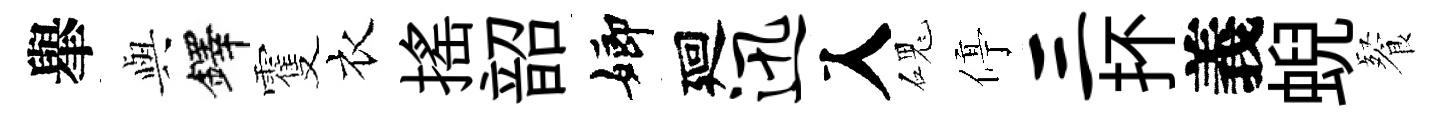
𦦙𫤰鐸䨥衣搖韶嫏廻迅入磈停三抔義蜺餐